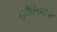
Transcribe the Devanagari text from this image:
ट्रविस्टर